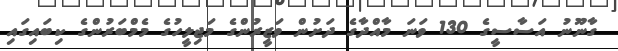
ގާނޫނު އަސާސީގެ 130 ވަނަ މާއްދާގެ ދަށުން ވަޒީރުންގެ މަޖިލީހުގެ މެމްބަރުންގެ ކިބައިގައި